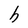
Character: h